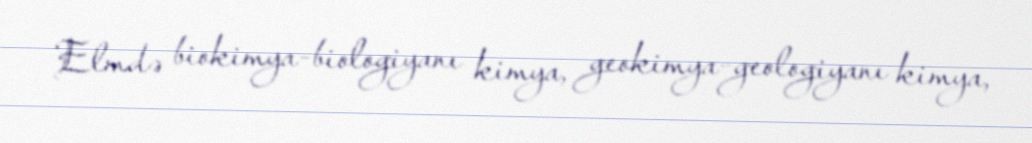
Elmdə biokimya-biologiyanı kimya, geokimya-geologiyanı kimya,